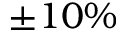
\pm 1 0 \%